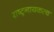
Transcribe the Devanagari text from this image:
राष्ट्रनायकत्व